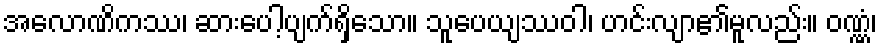
အလောဏိကဿ၊ ဆားပေါ့ပျက်ရှိသော။ သူပေယျဿဝါ၊ ဟင်းလျာ၏မူလည်း။ ဝဏ္ဏံ၊